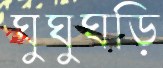
ঘুঘুঘড়ি